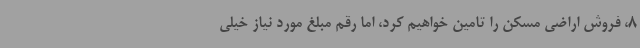
8، فروش اراضی مسکن را تامین خواهیم کرد، اما رقم مبلغ مورد نیاز خیلی